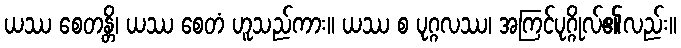
ယဿ စေတန္တိ၊ ယဿ စေတံ ဟူသည်ကား။ ယဿ စ ပုဂ္ဂလဿ၊ အကြင်ပုဂ္ဂိုလ်၏လည်း။